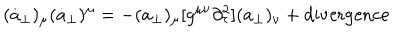
( \dot { a } _ { \perp } ) _ { \mu } ( \dot { a } _ { \perp } ) ^ { \mu } = - ( a _ { \perp } ) _ { \mu } [ g ^ { \mu \nu } \partial _ { \tau } ^ { 2 } ] ( a _ { \perp } ) _ { \nu } + \mathrm { d i v e r g e n c e }